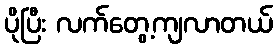
ပိုပြီး လက်တွေ့ကျလာတယ်